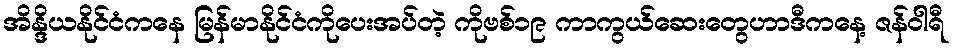
အိန္ဒိယနိုင်ငံကနေ မြန်မာနိုင်ငံကိုပေးအပ်တဲ့ ကိုဗစ်၁၉ ကာကွယ်ဆေးတွေဟာဒီကနေ့ ဇန်ဝါရီ